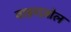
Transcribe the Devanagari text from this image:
वाइराज़ोल